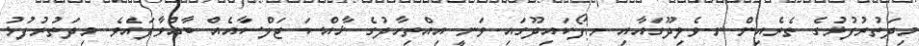
މިދަތުރުފުޅުގެ ތެރެއިން ނ.ވެލިދޫގައާއި ށ.ފޯކައިދޫގައި ވަނީ އިއްތިހާދުގެ ޚާއްސަ ޖަލްސާއެއް ބާއްވާފައެވެ. މިދަތުރުފުޅު